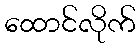
ထောင်လိုက်